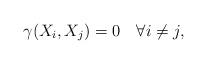
\begin{align*} \gamma(X_i,X_j)=0 \quad\forall i\neq j, \end{align*}